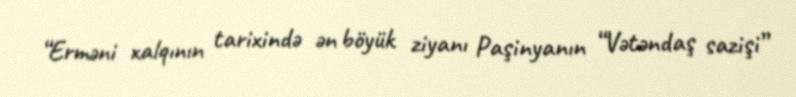
“Erməni xalqının tarixində ən böyük ziyanı Paşinyanın “Vətəndaş sazişi”